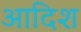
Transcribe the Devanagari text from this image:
आदिश